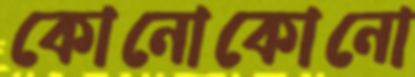
কোনোকোনো